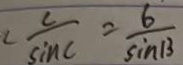
c \frac { c } { \sin C } = \frac { 6 } { \sin 1 3 }